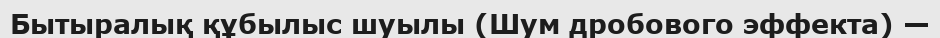
Бытыралық құбылыс шуылы (Шум дробового эффекта) —